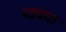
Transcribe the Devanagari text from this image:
नाक्या